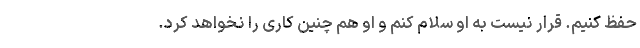
حفظ کنیم. قرار نیست به او سلام کنم و او هم چنین کاری را نخواهد کرد.